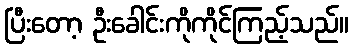
ပြီးတော့ ဦးခေါင်းကိုကိုင်ကြည့်သည်။